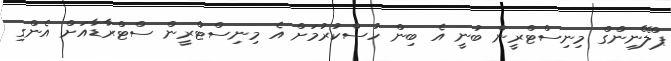
ޕްލޭނިންގް މިނިސްޓްރީން ބުނީ އެ ބިން ހުސްކުރުމަށް އެ މިނިސްޓްރީން ސްޓްރާޑާއަށް އެންގި